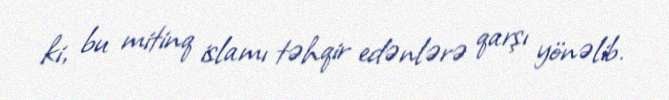
ki, bu mitinq islamı təhqir edənlərə qarşı yönəlib.